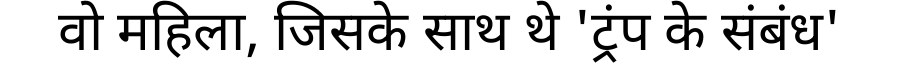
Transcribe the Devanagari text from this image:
वो महिला, जिसके साथ थे 'ट्रंप के संबंध'